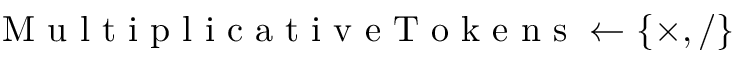
\mathrm { ~ M ~ u ~ l ~ t ~ i ~ p ~ l ~ i ~ c ~ a ~ t ~ i ~ v ~ e ~ T ~ o ~ k ~ e ~ n ~ s ~ } \gets \{ \times , / \}